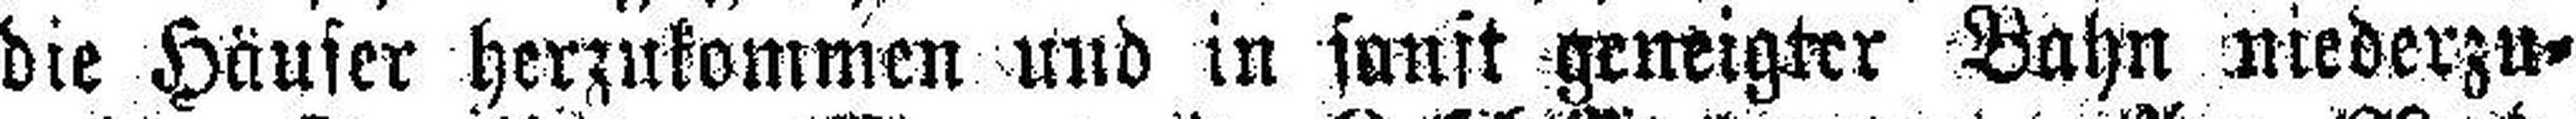
die Häuser herzukommen und in sonft geneigter Bahn niederzu¬